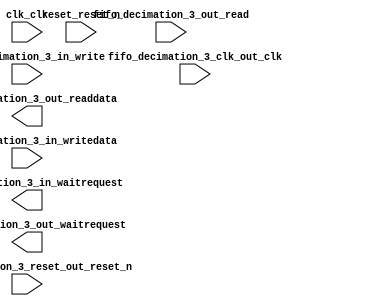

module fifo_decimation_3 (
	clk_clk,
	reset_reset_n,
	fifo_decimation_3_clk_out_clk,
	fifo_decimation_3_out_readdata,
	fifo_decimation_3_out_read,
	fifo_decimation_3_out_waitrequest,
	fifo_decimation_3_in_writedata,
	fifo_decimation_3_in_write,
	fifo_decimation_3_in_waitrequest,
	fifo_decimation_3_reset_out_reset_n);	

	input		clk_clk;
	input		reset_reset_n;
	input		fifo_decimation_3_clk_out_clk;
	output	[31:0]	fifo_decimation_3_out_readdata;
	input		fifo_decimation_3_out_read;
	output		fifo_decimation_3_out_waitrequest;
	input	[31:0]	fifo_decimation_3_in_writedata;
	input		fifo_decimation_3_in_write;
	output		fifo_decimation_3_in_waitrequest;
	input		fifo_decimation_3_reset_out_reset_n;
endmodule